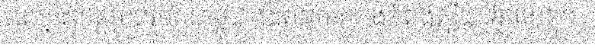
ឈ្មោះខេត្តមួយរបស់កម្ពុជា ដែលមានក្រុងកំពង់ស្ពឺជាទីរួមខេត្ត។